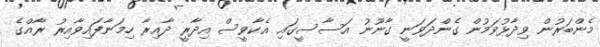
މެންބަރުން ވިދާޅުވަމުން ގެންދަވަނީ ގާނޫނު އަސާސީގައި އެކާވީސް އިދާރީ ދާއިރާ ހިމަނާފައިވާއިރު ރާއްގެ